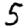
Digit: 5